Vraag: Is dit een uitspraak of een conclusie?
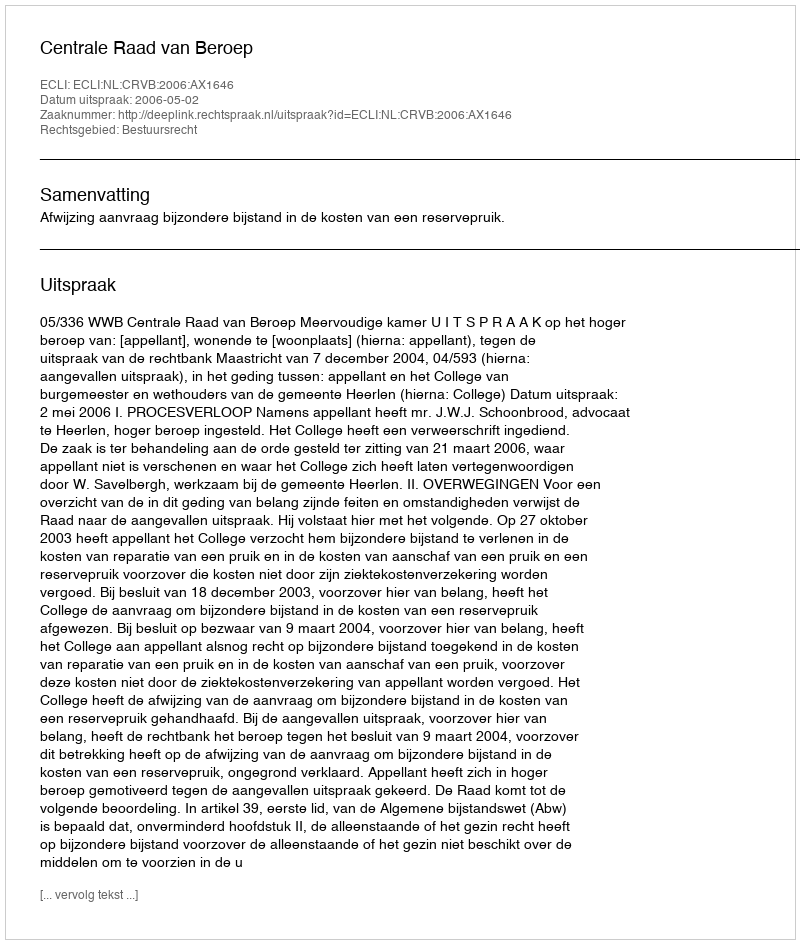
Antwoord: Uitspraak